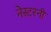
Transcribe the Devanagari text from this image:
नेस्टरनीं